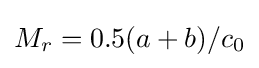
M_{r}=0.5(a+b)/c_{0}